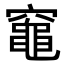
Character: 𥨫